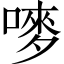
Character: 嘜